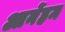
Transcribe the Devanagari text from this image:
आर्नेहम